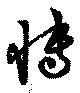
慱